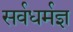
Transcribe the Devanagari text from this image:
सर्वधर्मज्ञ